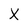
Character: X